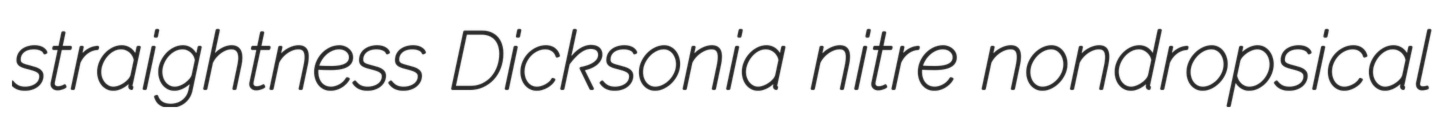
straightness Dicksonia nitre nondropsical